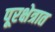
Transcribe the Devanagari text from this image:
पूरक्षेत्रात